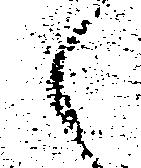
之